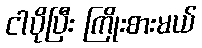
ငါပိုပြီး ကြိုးစားမယ်